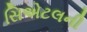
સિએટલની